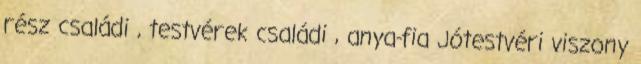
rész családi , testvérek családi , anya-fia Jótestvéri viszony